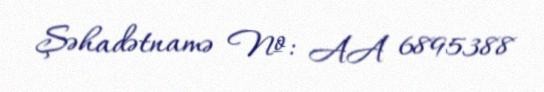
Şəhadətnamə №: AA 6895388